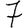
Digit: 7